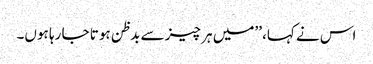
اس نے کہا، ’’میں ہر چیز سے بدظن ہوتا جا رہا ہوں۔